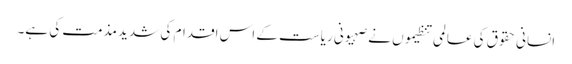
انسانی حقوق کی عالمی تنظیموں نے صہیونی ریاست کے اس اقدام کی شدید مذمت کی ہے۔